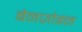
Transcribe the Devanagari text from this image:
बेनज़ोइन